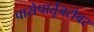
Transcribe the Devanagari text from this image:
पासेपार्तूबरोबर